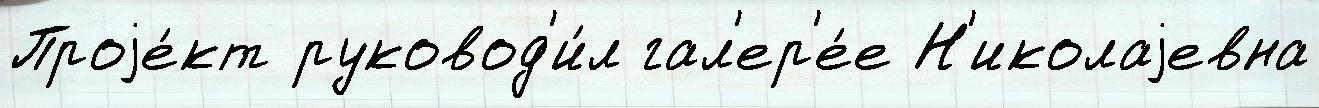
Проjе́кт руковод'и́л гал'ер'е́е Н'иколаjевна